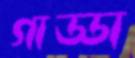
গাড্ডা